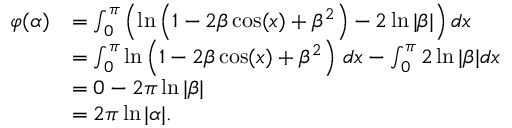
{ \begin{array} { r l } { \varphi ( \alpha ) } & { = \int _ { 0 } ^ { \pi } \left( \ln \left( 1 - 2 \beta \cos ( x ) + \beta ^ { 2 } \right) - 2 \ln | \beta | \right) d x } \\ & { = \int _ { 0 } ^ { \pi } \ln \left( 1 - 2 \beta \cos ( x ) + \beta ^ { 2 } \right) \, d x - \int _ { 0 } ^ { \pi } 2 \ln | \beta | d x } \\ & { = 0 - 2 \pi \ln | \beta | } \\ & { = 2 \pi \ln | \alpha | . } \end{array} }